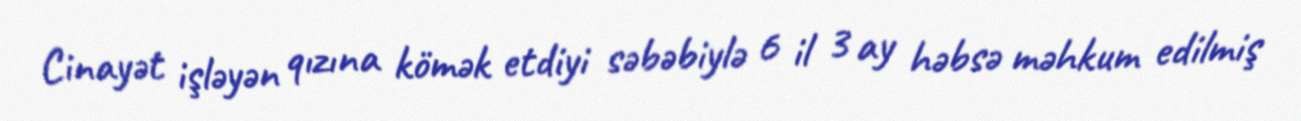
Cinayət işləyən qızına kömək etdiyi səbəbiylə 6 il 3 ay həbsə məhkum edilmiş